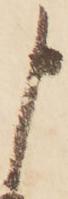
申